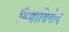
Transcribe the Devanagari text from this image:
विद्याविनोद